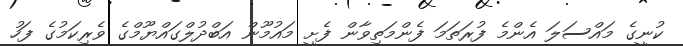
ކުނީގެ މައްސަލަ އެންމެ ފުރަތަމަ ފެންމަތިވާން ފެށީ މައުމޫން އަބްދުލްގައްޔޫމްގެ ވެރިކަމުގެ ފަހު